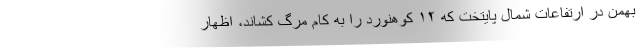
بهمن در ارتفاعات شمال پایتخت که ۱۲ کوهنورد را به کام مرگ کشاند، اظهار